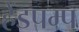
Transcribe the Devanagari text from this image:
हेंडपम्प